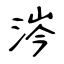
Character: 涔